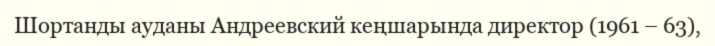
Шортанды ауданы Андреевский кеңшарында директор (1961 – 63),